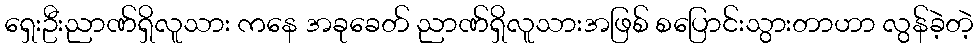
ရှေးဦးညာဏ်ရှိလူသား ကနေ အခုခေတ် ညာဏ်ရှိလူသားအဖြစ် စပြောင်းသွားတာဟာ လွန်ခဲ့တဲ့